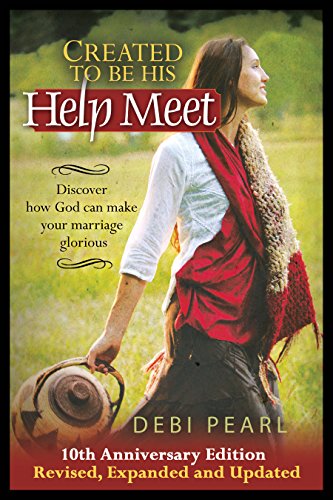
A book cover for Created To Be His Help Meet 10th Anniversary Edition- Revised, and Expanded; Debi Pearl; Parenting & Relationships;